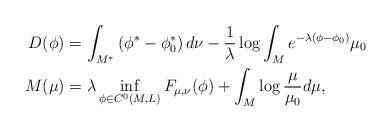
LaTeX: \begin{align*} D(\phi) &= \int_{M^*} \left( \phi^* - \phi_0^*\right) d\nu - \frac{1}{\lambda} \log \int_M e^{-\lambda(\phi-\phi_0)} \mu_0 \\ M(\mu) &= \lambda \inf_{\phi\in C^0(M,L)} F_{\mu,\nu}(\phi) + \int_M \log \frac{\mu}{\mu_0} d\mu, \end{align*}